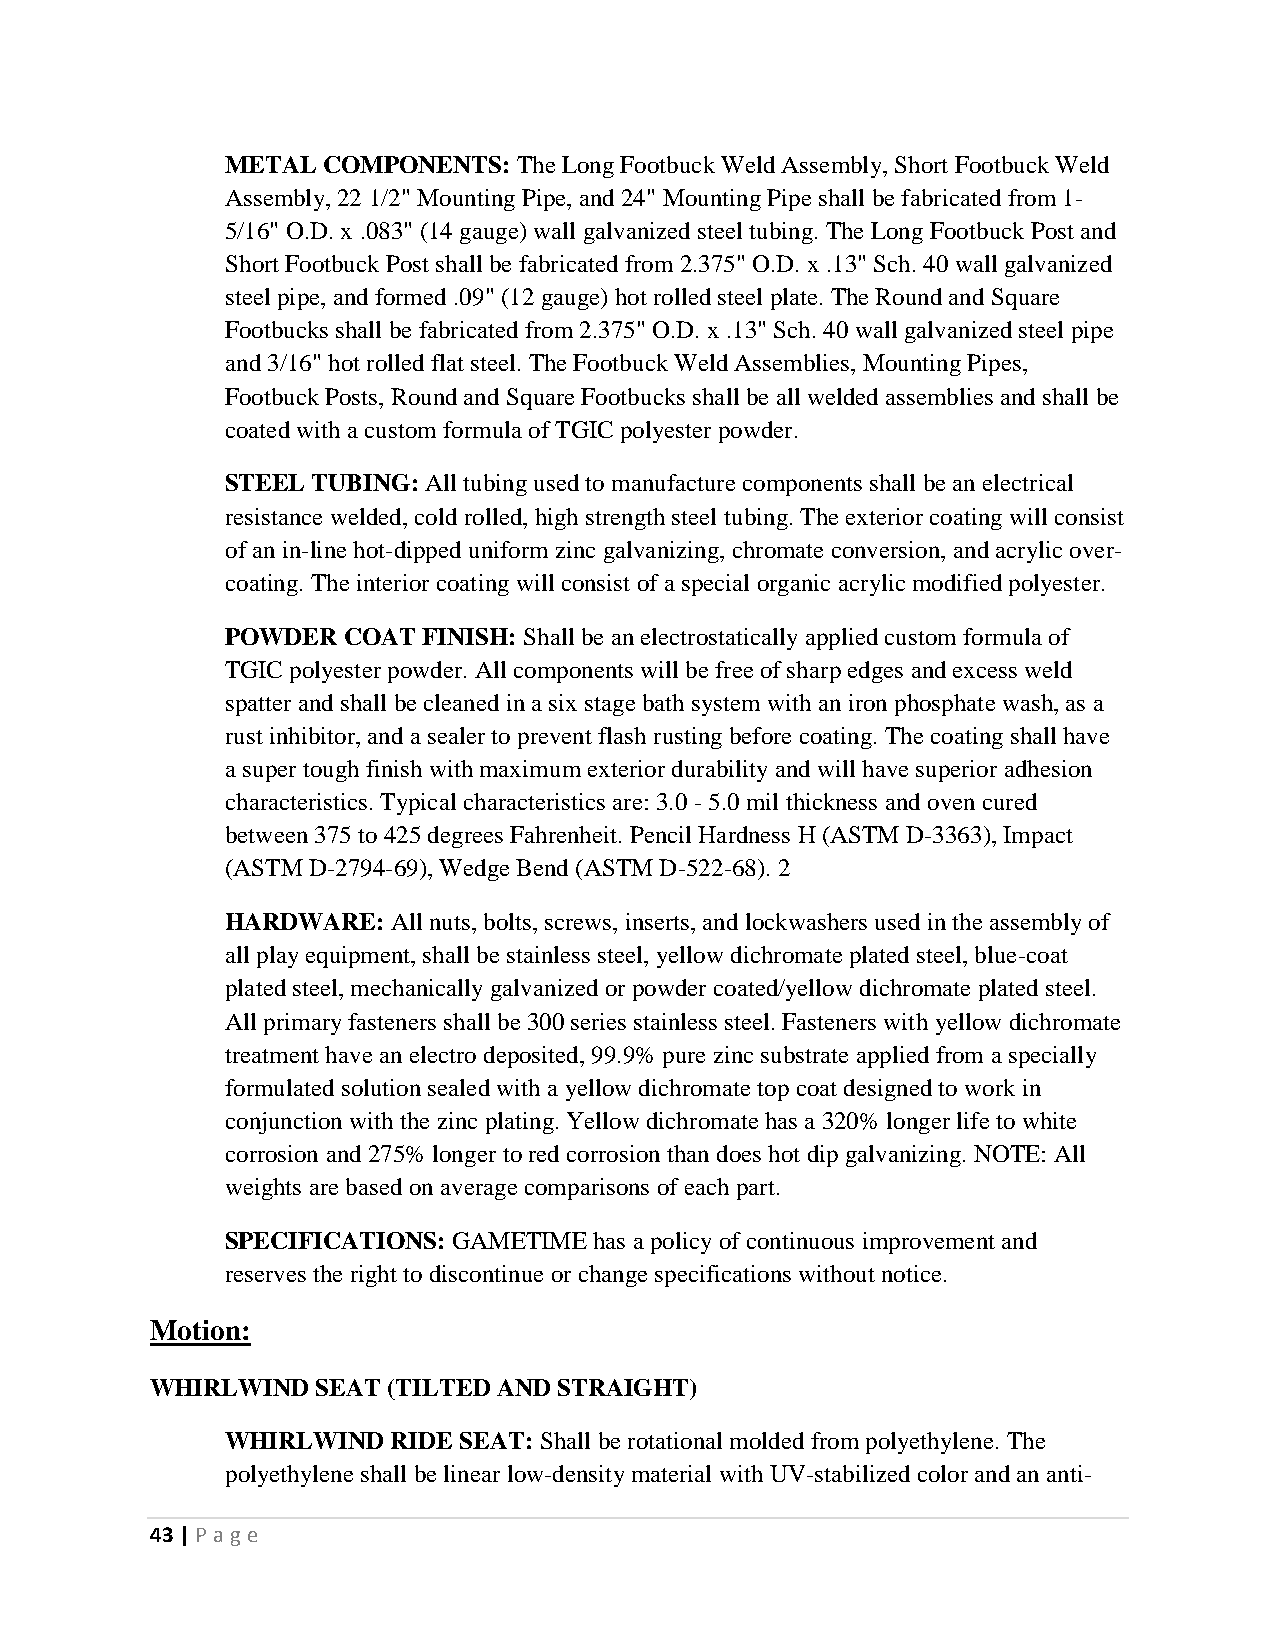
METAL COMPONENTS:  The Long Footbuck Weld Assembly, Short Footbuck Weld
 Assembly, 22 1/2" Mounting Pipe, and 24" Mounting Pipe shall be fabricated from 1-
 5/16" O.D. x .083" (14 gauge) wall galvanized steel tubing. The Long Footbuck Post and
 Short Footbuck Post shall be fabricated from 2.375" O.D. x .13" Sch. 40 wall galvanized
 steel pipe, and formed .09" (12 gauge) hot rolled steel plate. The Round and Square
 Footbucks shall be fabricated from 2.375" O.D. x .13" Sch. 40 wall galvanized steel pipe
 and 3/16" hot rolled flat steel. The Footbuck Weld Assemblies, Mounting Pipes,
 Footbuck Posts, Round and Square Footbucks shall be all welded assemblies and shall be
 coated with a custom formula of TGIC polyester powder.
 STEEL TUBING: All tubing used to manufacture components shall be an electrical
 resistance welded, cold rolled, high strength steel tubing. The exterior coating will consist
 of an in-line hot-dipped uniform zinc galvanizing, chromate conversion, and acrylic over-
 coating. The interior coating will consist of a special organic acrylic modified polyester.
 POWDER  COAT FINISH: Shall be an electrostatically applied custom formula of
 TGIC polyester powder. All components will be free of sharp edges and excess weld
 spatter and shall be cleaned in a six stage bath system with an iron phosphate wash, as a
 rust inhibitor, and a sealer to prevent flash rusting before coating. The coating shall have
 a super tough finish with maximum exterior durability and will have superior adhesion
 characteristics. Typical characteristics are: 3.0 - 5.0 mil thickness and oven cured
 between 375 to 425 degrees Fahrenheit. Pencil Hardness H (ASTM D-3363), Impact
 (ASTM D-2794-69), Wedge Bend (ASTM D-522-68). 2
 HARDWARE:  All nuts, bolts, screws, inserts, and lockwashers used in the assembly of
 all play equipment, shall be stainless steel, yellow dichromate plated steel, blue-coat
 plated steel, mechanically galvanized or powder coated/yellow dichromate plated steel.
 All primary fasteners shall be 300 series stainless steel. Fasteners with yellow dichromate
 treatment have an electro deposited, 99.9% pure zinc substrate applied from a specially
 formulated solution sealed with a yellow dichromate top coat designed to work in
 conjunction with the zinc plating. Yellow dichromate has a 320% longer life to white
 corrosion and 275% longer to red corrosion than does hot dip galvanizing. NOTE: All
 weights are based on average comparisons of each part.
 SPECIFICATIONS: GAMETIME has a policy of continuous improvement and
 reserves the right to discontinue or change specifications without notice.
 Motion:
 WHIRLWIND  SEAT (TILTED AND STRAIGHT)
 WHIRLWIND  RIDE SEAT: Shall be rotational molded from polyethylene. The
 polyethylene shall be linear low-density material with UV-stabilized color and an anti-
 43 | P age